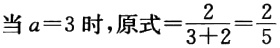
当\(a = 3\)时，原式\(=\frac{2}{3 + 2}=\frac{2}{5}\)